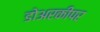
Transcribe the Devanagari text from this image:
डोअरकीपर